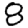
Digit: 8